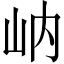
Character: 𱛋